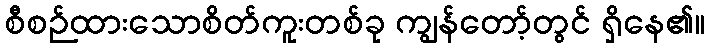
စီစဉ်ထားသောစိတ်ကူးတစ်ခု ကျွန်တော့်တွင် ရှိနေ၏။